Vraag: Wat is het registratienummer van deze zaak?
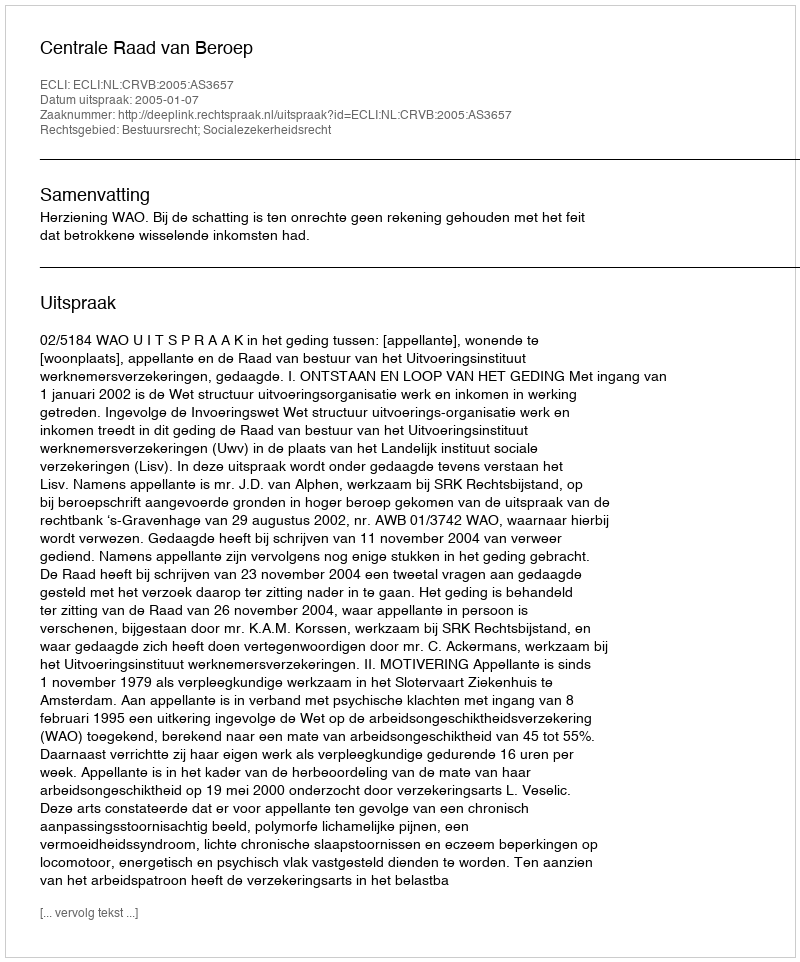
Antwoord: http://deeplink.rechtspraak.nl/uitspraak?id=ECLI:NL:CRVB:2005:AS3657